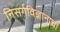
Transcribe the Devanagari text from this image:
निसर्गविज्ञानाचा